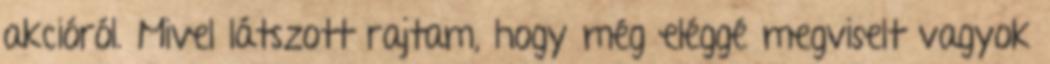
akcióról. Mivel látszott rajtam, hogy még eléggé megviselt vagyok